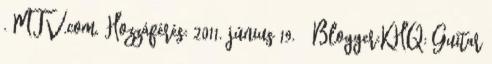
. MTV.com. Hozzáférés: 2011. június 19. ↑ Blogger:KHQ: Guitar